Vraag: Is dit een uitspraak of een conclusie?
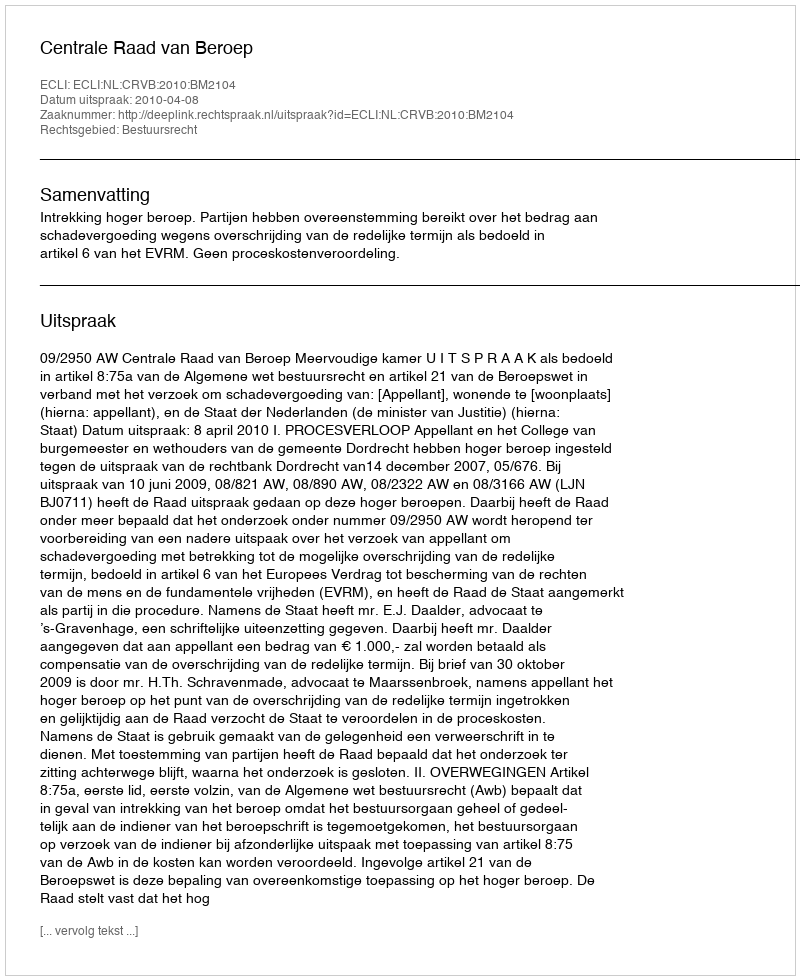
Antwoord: Uitspraak